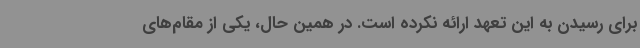
برای رسیدن به این تعهد ارائه نکرده است. در همین حال، یکی از مقام‌های